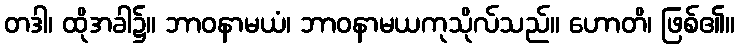
တဒါ၊ ထိုအခါ၌။ ဘာဝနာမယံ၊ ဘာဝနာမယကုသိုလ်သည်။ ဟောတိ၊ ဖြစ်၏။